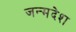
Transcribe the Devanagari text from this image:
जन्मदेश